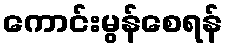
ကောင်းမွန်စေရန်